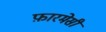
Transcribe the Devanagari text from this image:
फ़ारमेसी